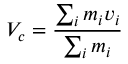
V _ { c } = { \frac { \sum _ { i } m _ { i } v _ { i } } { \sum _ { i } m _ { i } } }